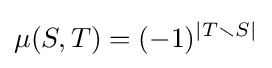
\mu (S,T)=(-1)^{|T\smallsetminus S|}